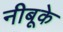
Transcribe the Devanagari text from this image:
नीबूके